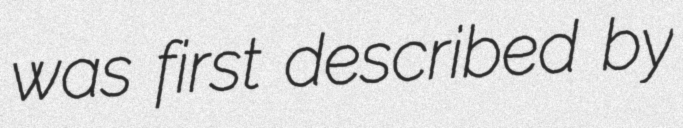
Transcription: was first described by